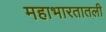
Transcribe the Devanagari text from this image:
महाभारतातली